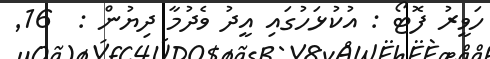
ހަވީރު ފޮޓޯ : އުކުޅަހުގައި އީދު ވެދުމާ ދިޔުން :  16